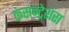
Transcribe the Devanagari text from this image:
कंसन्ट्रेशंस